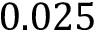
0 . 0 2 5